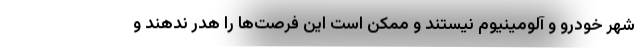
شهر خودرو و آلومینیوم نیستند و ممکن است این فرصت‌ها را هدر ندهند و